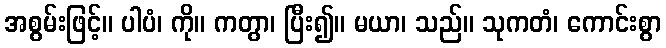
အစွမ်းဖြင့်။ ပါပံ၊ ကို။ ကတွာ၊ ပြီး၍။ မယာ၊ သည်။ သုကတံ၊ ကောင်းစွာ